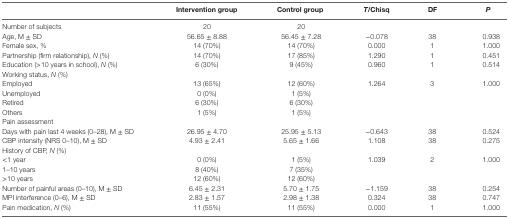
<table><thead><tr><td></td><td><b>Intervention group</b></td><td><b>Control group</b></td><td><b><i>T</i>/Chisq</b></td><td><b>DF</b></td><td><b><i>P</i></b></td></tr></thead><tbody><tr><td>Number of subjects</td><td>20</td><td>20</td><td></td><td></td><td></td></tr><tr><td>Age, M ± SD</td><td>56.65 ± 8.88</td><td>56.45 ± 7.28</td><td>−0.078</td><td>38</td><td>0.938</td></tr><tr><td>Female sex, %</td><td>14 (70%)</td><td>14 (70%)</td><td>0.000</td><td>1</td><td>1.000</td></tr><tr><td>Partnership (firm relationship), <i>N</i> (%)</td><td>14 (70%)</td><td>17 (85%)</td><td>1.290</td><td>1</td><td>0.451</td></tr><tr><td>Education (&gt;10 years in school), <i>N</i> (%)</td><td>6 (30%)</td><td>9 (45%)</td><td>0.960</td><td>1</td><td>0.514</td></tr><tr><td>Working status, <i>N</i> (%)</td><td></td><td></td><td></td><td></td><td></td></tr><tr><td>Employed</td><td>13 (65%)</td><td>12 (60%)</td><td>1.264</td><td>3</td><td>1.000</td></tr><tr><td>Unemployed</td><td>0 (0%)</td><td>1 (5%)</td><td></td><td></td><td></td></tr><tr><td>Retired</td><td>6 (30%)</td><td>6 (30%)</td><td></td><td></td><td></td></tr><tr><td>Others</td><td>1 (5%)</td><td>1 (5%)</td><td></td><td></td><td></td></tr><tr><td>Pain assessment</td><td></td><td></td><td></td><td></td><td></td></tr><tr><td>Days with pain last 4 weeks (0–28), M ± SD</td><td>26.95 ± 4.70</td><td>25.95 ± 5.13</td><td>−0.643</td><td>38</td><td>0.524</td></tr><tr><td>CBP intensity (NRS 0–10), M ± SD</td><td>4.93 ± 2.41</td><td>5.65 ± 1.66</td><td>1.108</td><td>38</td><td>0.275</td></tr><tr><td>History of CBP, <i>N</i> (%)</td><td></td><td></td><td></td><td></td><td></td></tr><tr><td>&lt;1 year</td><td>0 (0%)</td><td>1 (5%)</td><td>1.039</td><td>2</td><td>1.000</td></tr><tr><td>1–10 years</td><td>8 (40%)</td><td>7 (35%)</td><td></td><td></td><td></td></tr><tr><td>&gt;10 years</td><td>12 (60%)</td><td>12 (60%)</td><td></td><td></td><td></td></tr><tr><td>Number of painful areas (0–10), M ± SD</td><td>6.45 ± 2.31</td><td>5.70 ± 1.75</td><td>−1.159</td><td>38</td><td>0.254</td></tr><tr><td>MPI interference (0–6), M ± SD</td><td>2.83 ± 1.57</td><td>2.98 ± 1.38</td><td>0.324</td><td>38</td><td>0.747</td></tr><tr><td>Pain medication, <i>N</i> (%)</td><td>11 (55%)</td><td>11 (55%)</td><td>0.000</td><td>1</td><td>1.000</td></tr></tbody></table>